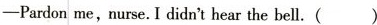
—Pardon me,nurse.I didn't hear the bell.( )